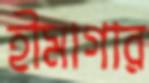
হীমাগার